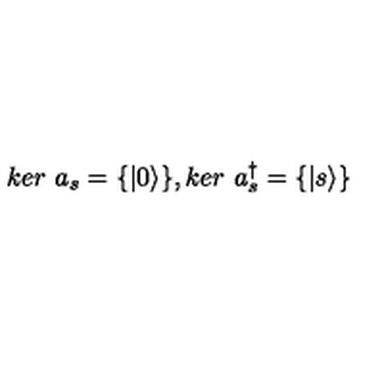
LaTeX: k e r \ a _ { s } = \{ | 0 \rangle \} , k e r \ a _ { s } ^ { \dagger } = \{ | s \rangle \}